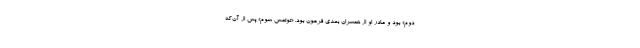
دوم» بود و مادر او از همسران بعدی فرعون بود. «توتمس سوم» پس از آن‌که